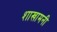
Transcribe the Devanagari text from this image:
शाखामनी